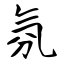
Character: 氛